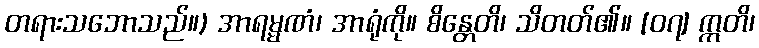
တရားသဘောသည်။) အာရမ္မဏံ၊ အာရုံကို။ စိန္တေတိ၊ သိတတ်၏။ [၀၇] ဣတိ၊